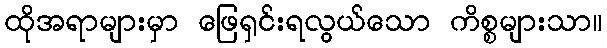
ထိုအရာများမှာ ဖြေရှင်းရလွယ်သော ကိစ္စများသာ။